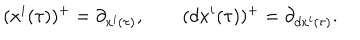
( x ^ { i } ( \tau ) ) ^ { + } = \partial _ { x ^ { i } ( \tau ) } , \qquad ( d x ^ { i } ( \tau ) ) ^ { + } = \partial _ { d x ^ { i } ( \tau ) } .